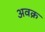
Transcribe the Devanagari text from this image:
अवक्र